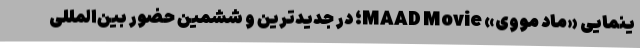
ینمایی «ماد مووی» MAAD Movie؛ در جدیدترین و ششمین حضور بین‌المللی